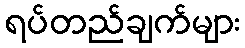
ရပ်တည်ချက်များ